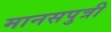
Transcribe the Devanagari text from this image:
मानसपुत्री